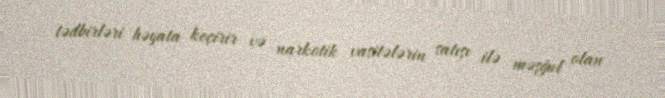
tədbirləri həyata keçirir və narkotik vasitələrin satışı ilə məşğul olan